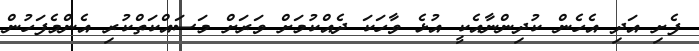
ފެށި އަދި އެހެން ކުދިންނާއެކީ އުޅެ ވާހަކަ ދެއްކުމަށް ވަރަށް މަސައްކަތްކުރި އެންމެފަހުން